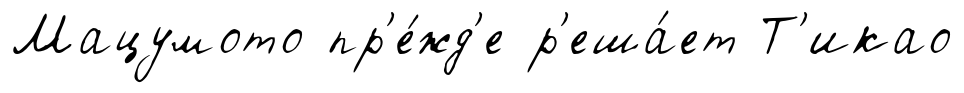
Мацумото пр'е́жд'е р'еша́ет Т'икао